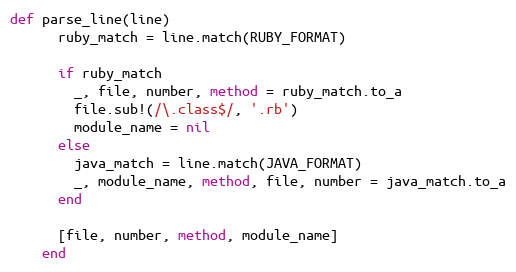
Language: Ruby
def parse_line(line)
      ruby_match = line.match(RUBY_FORMAT)

      if ruby_match
        _, file, number, method = ruby_match.to_a
        file.sub!(/\.class$/, '.rb')
        module_name = nil
      else
        java_match = line.match(JAVA_FORMAT)
        _, module_name, method, file, number = java_match.to_a
      end

      [file, number, method, module_name]
    end